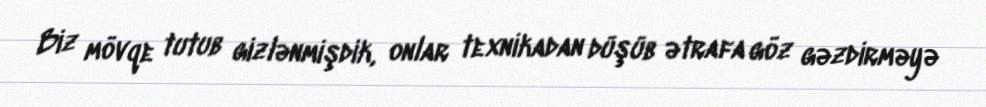
Biz mövqe tutub gizlənmişdik, onlar texnikadan düşüb ətrafa göz gəzdirməyə